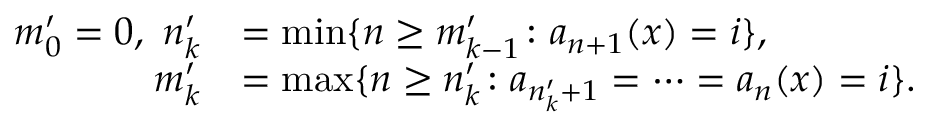
\begin{array} { r l } { m _ { 0 } ^ { \prime } = 0 , ~ n _ { k } ^ { \prime } } & { = \operatorname* { m i n } \{ n \ge m _ { k - 1 } ^ { \prime } \colon a _ { n + 1 } ( x ) = i \} , } \\ { m _ { k } ^ { \prime } } & { = \operatorname* { m a x } \{ n \ge n _ { k } ^ { \prime } \colon a _ { n _ { k } ^ { \prime } + 1 } = \cdots = a _ { n } ( x ) = i \} . } \end{array}